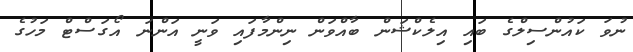
ނުވަ ކައުންސިލްގެ ބައި އިލެކްޝަން ބާއްވަން ނިންމާފައި ވަނީ އަންނަ އޯގަސްޓް މަހުގެ